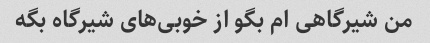
من شیرگاهی ام بگو از خوبی‌های شیرگاه بگه